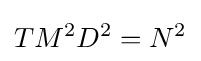
TM^{2}D^{2}=N^{2}